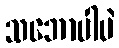
သဘောပါပဲ